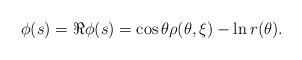
LaTeX: \begin{align*}\phi(s)=\Re \phi(s)=\cos\theta \rho(\theta,\xi)-\ln r(\theta).\end{align*}